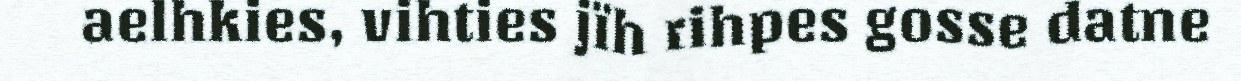
aelhkies, vihties jïh rihpes gosse datne